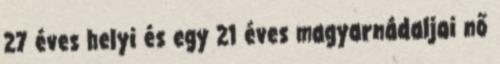
27 éves helyi és egy 21 éves magyarnádaljai nő